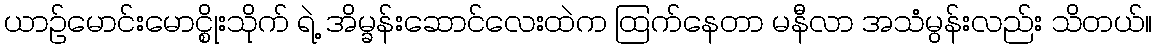
ယာဉ်မောင်းမောင္စိုးသိုက် ရဲ့ အိမ္ခန်းဆောင်လေးထဲက ထြက်နေတာ မနီလာ အသံမွန်းလည်း သိတယ်။